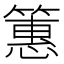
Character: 𫂠